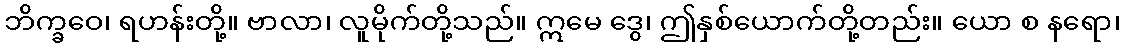
ဘိက္ခဝေ၊ ရဟန်းတို့။ ဗာလာ၊ လူမိုက်တို့သည်။ ဣမေ ဒွေ၊ ဤနှစ်ယောက်တို့တည်း။ ယော စ နရော၊